Tezpur Lunatic Asylum reports 1895-1904 - 1895-1904
Year: 1895
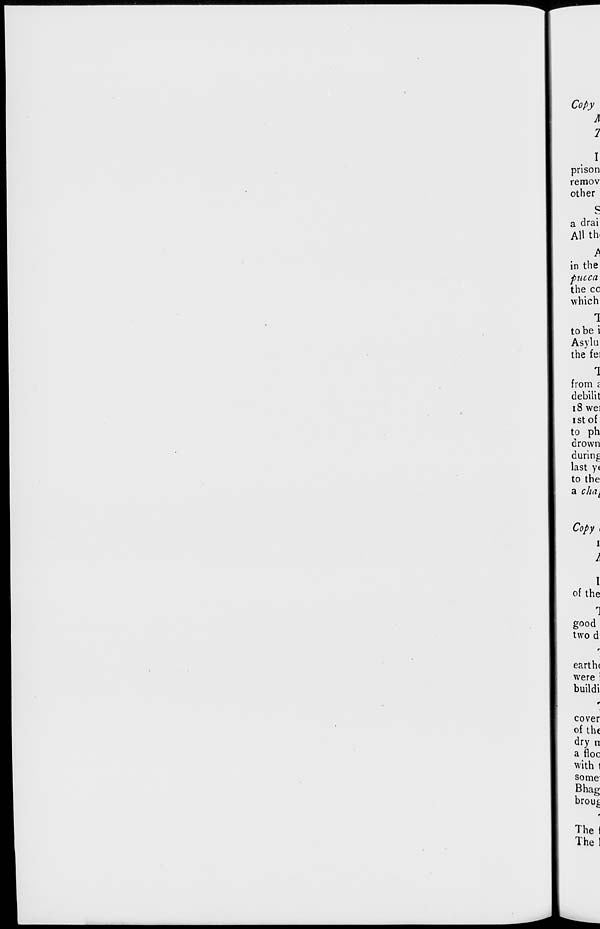
Copy
A
7
I
prison
remov
other
a drai
AH tin
A
in the
pucca
the cc
which
1
to be i
Asylu
the fei
1
from c
debilit
18 wei
i st of
to ph
drown
during
last ye
to the
a cha t
Copy i
I
I
I
of the
1
good
two d
earthc
were i
buildi
cover
of the
dry n
a floe
with I
some
Bhag
brou^
Thel
The!